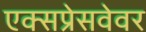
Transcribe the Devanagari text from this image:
एक्सप्रेसवेवर